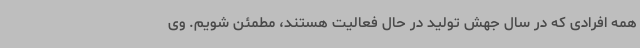
همه افرادی که در سال جهش تولید در حال فعالیت هستند، مطمئن شویم. وی